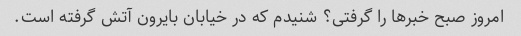
امروز صبح خبرها را گرفتی؟ شنیدم که در خیابان بایرون آتش گرفته است.